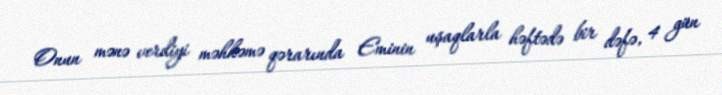
Onun mənə verdiyi məhkəmə qərarında Eminin uşaqlarla həftədə bir dəfə, 4 gün